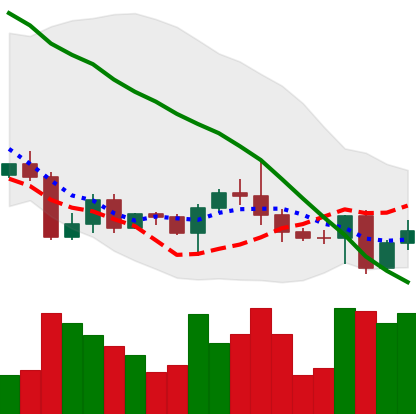
Ticker: BTC-USD
Chart end date: 2022-04-28
Forward return: -5.087%
Label: down_5_7